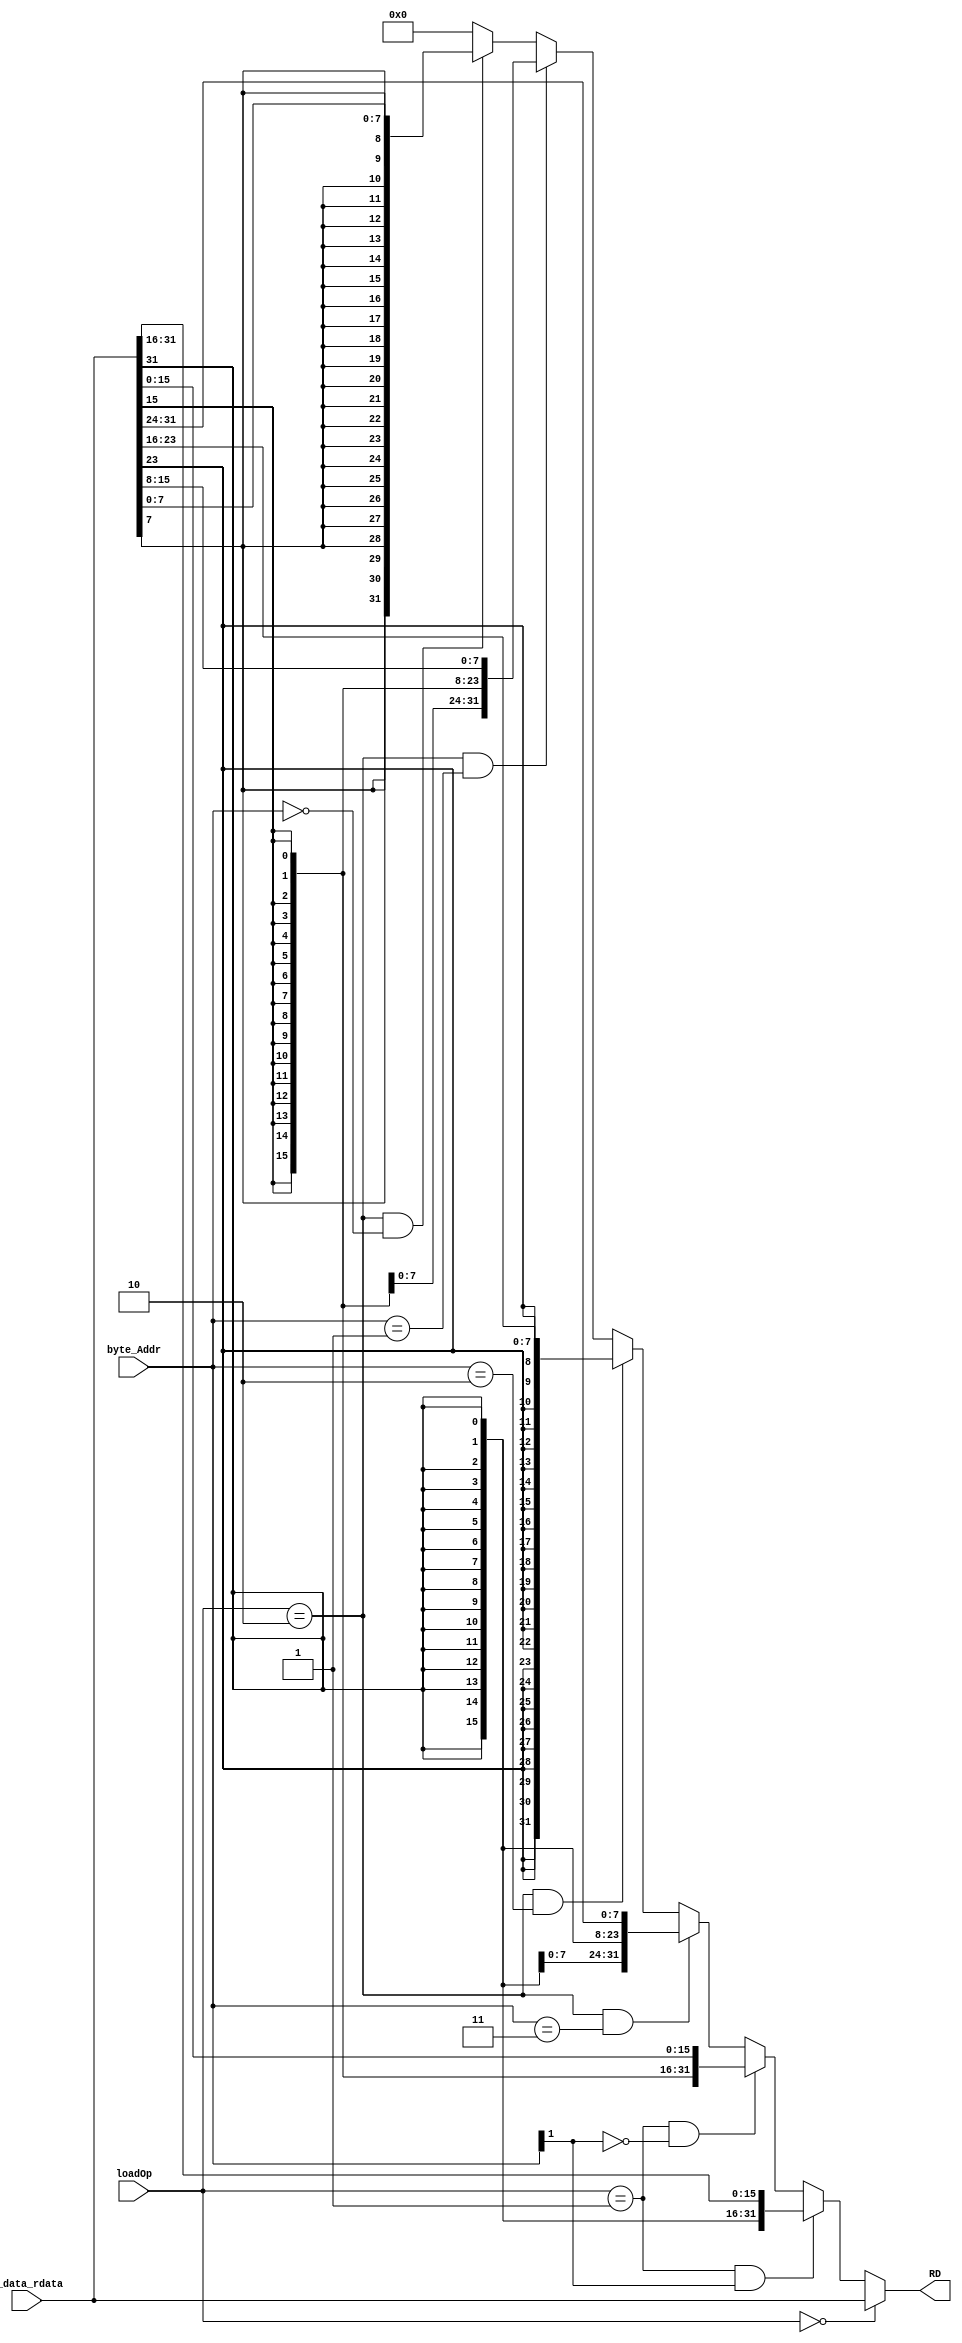
module Load (
    //input
    input [31:0] m_data_rdata,
    input [1:0] byte_Addr,
    input [1:0] loadOp,
    //output
    output [31:0] RD
   );
    
    assign RD = (loadOp == 2'b00) ? m_data_rdata :
                ((loadOp == 2'b01) && byte_Addr[1]) ? {{16{m_data_rdata[31]}},m_data_rdata[31:16]} :
                ((loadOp == 2'b01) && (!byte_Addr[1])) ? {{16{m_data_rdata[15]}},m_data_rdata[15:0]} :
                ((loadOp == 2'b10) && (byte_Addr == 2'b11)) ? {{24{m_data_rdata[31]}},m_data_rdata[31:24]} :
                ((loadOp == 2'b10) && (byte_Addr == 2'b10)) ? {{24{m_data_rdata[23]}},m_data_rdata[23:16]} :
                ((loadOp == 2'b10) && (byte_Addr == 2'b01)) ? {{24{m_data_rdata[15]}},m_data_rdata[15:8]} :
                ((loadOp == 2'b10) && (byte_Addr == 2'b00)) ? {{24{m_data_rdata[7]}},m_data_rdata[7:0]} :
					 32'h0000_0000;

endmodule